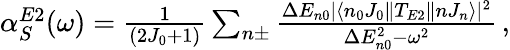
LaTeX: \begin{array}{r}{\alpha_{S}^{E2}(\omega)=\frac{1}{(2J_{0}+1)}\sum_{n\pm}\frac{\Delta E_{n0}|\langle n_{0}J_{0}\| T_{E2}\| nJ_{n}\rangle|^{2}}{\Delta E_{n0}^{2}-\omega^{2}}\, ,}\end{array}